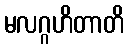
မလဂ္ဂဟိတာတိ